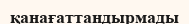
қанағаттандырмады